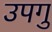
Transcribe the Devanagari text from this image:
उपगु